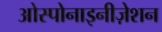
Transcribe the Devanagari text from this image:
ओस्पोनाइनीज़ेशन